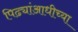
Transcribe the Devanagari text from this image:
पिढ्यांआधीच्या